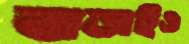
বাড়াইও